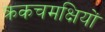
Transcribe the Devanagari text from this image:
क्रकचमक्षियों